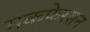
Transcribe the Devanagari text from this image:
मकफेरसन